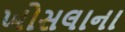
ખોસલાના